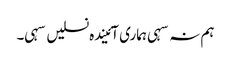
ہم نہ سہی ہماری آئیندہ نسلیں سہی۔